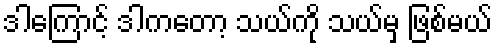
ဒါကြောင့် ဒါကတော့ သယ်ကို သယ်မှ ဖြစ်မယ်